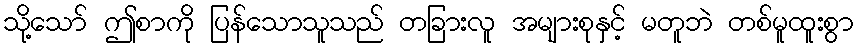
သို့သော် ဤစာကို ပြန်သောသူသည် တခြားလူ အများစုနှင့် မတူဘဲ တစ်မူထူးစွာ